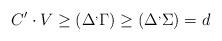
LaTeX: \begin{align*} C' \cdot V \geq (\Delta^,\Gamma) \geq (\Delta^,\Sigma) = d \end{align*}